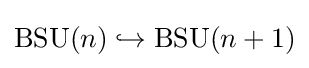
\operatorname {BSU} (n)\hookrightarrow \operatorname {BSU} (n+1)